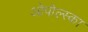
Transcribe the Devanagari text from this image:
ओपोल्स्का